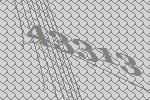
43313